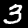
Digit: 3